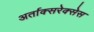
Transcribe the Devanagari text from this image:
अर्ताक्सरेक्सेस